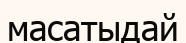
масатыдай